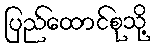
ပြည်ထောင်စုသို့